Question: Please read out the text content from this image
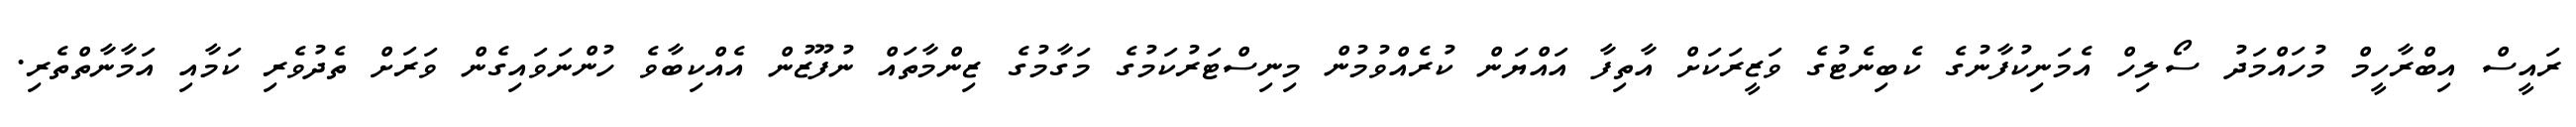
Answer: ރައީސް އިބްރާހީމް މުހައްމަދު ސޯލިހް އެމަނިކުފާނުގެ ކެބިނެޓުގެ ވަޒީރަކަށް އާތިފާ އައްޔަން ކުރެއްވުމުން މިނިސްޓަރުކަމުގެ މަގާމުގެ ޒިންމާތައް ނުފޫޒުން އެއްކިބާވެ ހުންނަވައިގެން ވަރަށް ތެދުވެރި ކަމާއި އަމާނާތްތެރި.